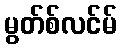
မွတ်စ်လင်မ်